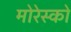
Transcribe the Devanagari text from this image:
मोरेस्को